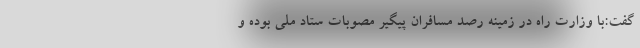
گفت:با وزارت راه در زمینه رصد مسافران پیگیر مصوبات ستاد ملی بوده و